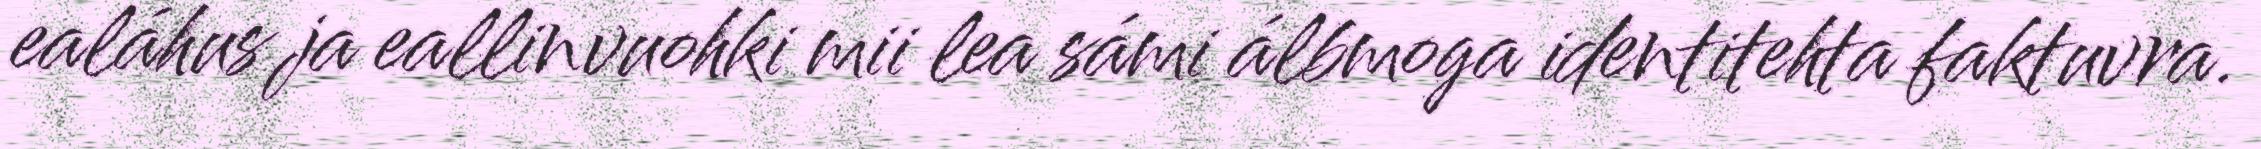
ealáhus ja eallinvuohki mii lea sámi álbmoga identitehta faktuvra.